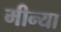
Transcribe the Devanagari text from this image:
मीन्या